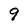
Character: 9